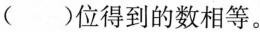
( )位得到的数相等。